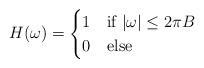
LaTeX: \begin{align*}H(\omega)=\begin{cases} 1 &\mbox{if } |\omega| \leq 2\pi B\\0 & \mbox{else}\end{cases}\end{align*}